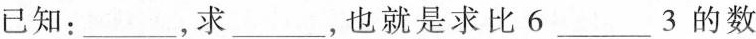
已知：___，求___，也就是求比6___3的数